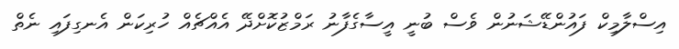
އިސްލާމިކް ފައުންޑޭޝަނުން ވެސް ބުނީ އީސާގެފާނު ރަމްޒުކޮށްދޭ އެއްޗެއް ހުރިކަން އެނގިފައި ނެތް